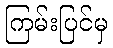
ကြမ်းပြင်မှ